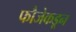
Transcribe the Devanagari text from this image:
फौजेकडून